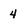
Character: 4